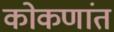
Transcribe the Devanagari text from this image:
कोकणांत